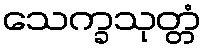
သေက္ခသုတ္တံ